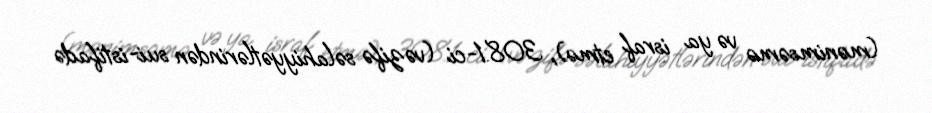
(mənimsəmə və ya israf etmə), 308.1-ci (vəzifə səlahiyyətlərindən sui-istifadə